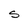
Character: S